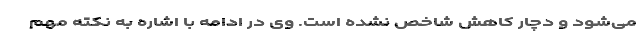
می‌شود و دچار کاهش شاخص نشده است. وی در ادامه با اشاره به نکته مهم